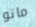
ماتو